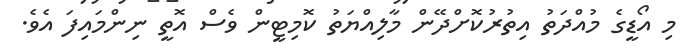
މި އޯޑީގެ މުއްދަތު އިތުރުކޮށްދޭން މާލިއްޔަތު ކޮމިޓީން ވެސް އޮތީ ނިންމައިފަ އެވެ.